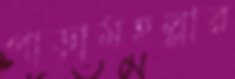
পাড়ামহল্লার